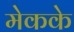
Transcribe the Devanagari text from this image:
मेकके